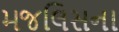
મજલિસના